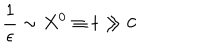
LaTeX: \frac { 1 } { \epsilon } \sim X ^ { 0 } \equiv t \gg 0